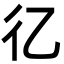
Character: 𢒼